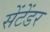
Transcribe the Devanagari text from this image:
सेंटेंडर